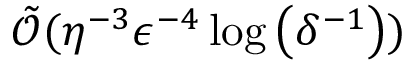
\begin{array} { r } { \tilde { \mathcal { O } } ( \eta ^ { - 3 } \epsilon ^ { - 4 } \log \left( \delta ^ { - 1 } \right) ) } \end{array}